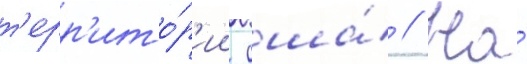
т'ерр'ито́р'ии сша́ // На́